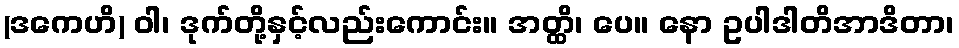
(ဒကေဟိ) ဝါ၊ ဒုက်တို့နှင့်လည်းကောင်း။ အတ္ထိ၊ ပေ။ နော ဥပါဒါတိအာဒိတာ၊